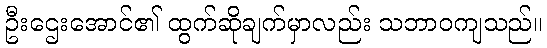
ဦးဌေးအောင်၏ ထွက်ဆိုချက်မှာလည်း သဘာဝကျသည်။